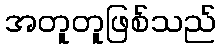
အတူတူဖြစ်သည်